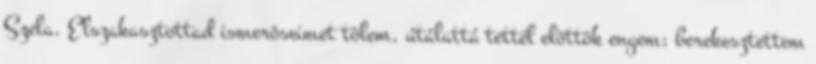
Szela. Elszakasztottad ismerõseimet tõlem, útálattá tettél elõttök engem; berekesztettem